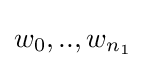
w_{0},..,w_{n_{1}}